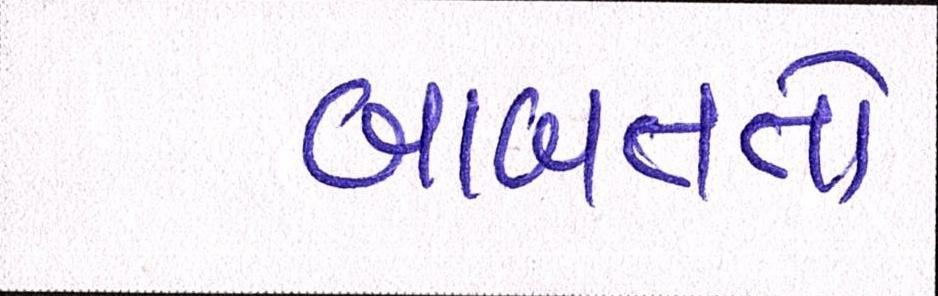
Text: બાબતતો